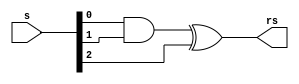
// Copyright {2011} {Jucemar Monteiro - jucemar.monteiro@gmail.com}
//
// Licensed under the Apache License, Version 2.0 (the "License");
// you may not use this file except in compliance with the License.
// You may obtain a copy of the License at

// http://www.apache.org/licenses/LICENSE-2.0

// Unless required by applicable law or agreed to in writing, software
// distributed under the License is distributed on an "AS IS" BASIS,
// WITHOUT WARRANTIES OR CONDITIONS OF ANY KIND, either express or implied.
// See the License for the specific language governing permissions and
// limitations under the License.
//
//-----------------------------------------------------
// Design Name : rb2_mux
// Function    : recomputing block for bit 3 of sum
// Coder       : Jucemar Monteiro
//-----------------------------------------------------
module  rb2_mux (s, rs);
	parameter n = 3;
	input  [n-1:0]s;
	output  rs;

	assign rs= (s[0] & s[1]) ^ s[2];
endmodule